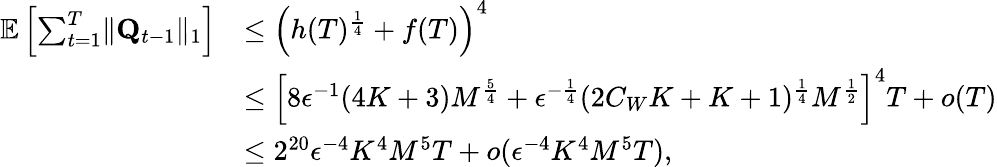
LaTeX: \begin{array}{rl}{\mathbb E\left[\sum_{t=1}^{T}\lVert\mathbf Q_{t-1}\rVert_{1}\right]}&{\le\left(h(T)^{\frac 14}+f(T)\right)^{4}}\\ &{\le\left[8\epsilon^{-1}(4K+3)M^{\frac 54}+\epsilon^{-\frac 14}(2C_{W}K+K+1)^{\frac 14}M^{\frac 12}\right]^{4}T+o(T)}\\ &{\le 2^{20}\epsilon^{-4}K^{4}M^{5}T+o(\epsilon^{-4}K^{4}M^{5}T),}\end{array}